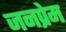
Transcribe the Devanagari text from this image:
जनप्रेम